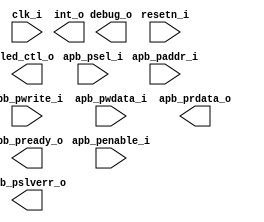
/*******************************************************************************
    Verilog netlist generated by IPGEN Lattice Propel (64-bit)
    2.0.2104292220
    Soft IP Version: 1.9
    2021 06 14 12:55:36
*******************************************************************************/
/*******************************************************************************
    Wrapper Module generated per user settings.
*******************************************************************************/
module WS2812 (clk_i, resetn_i, led_ctl_o, debug_o, apb_penable_i, apb_psel_i,
    apb_pwrite_i, apb_paddr_i, apb_pwdata_i, apb_prdata_o, apb_pslverr_o,
    apb_pready_o, int_o)/* synthesis syn_black_box syn_declare_black_box=1 */;
    input  clk_i;
    input  resetn_i;
    output  led_ctl_o;
    output  debug_o;
    input  apb_penable_i;
    input  apb_psel_i;
    input  apb_pwrite_i;
    input  [5:0]  apb_paddr_i;
    input  [31:0]  apb_pwdata_i;
    output  [31:0]  apb_prdata_o;
    output  apb_pslverr_o;
    output  apb_pready_o;
    output  int_o;
endmodule